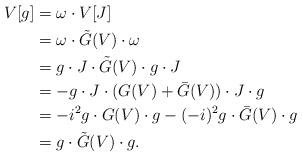
LaTeX: \begin{align*} V[g] &=\omega \cdot V[J]\\ &=\omega \cdot \tilde{G}(V)\cdot \omega\\ &= g \cdot J \cdot \tilde{G}(V)\cdot g \cdot J\\ &= - g \cdot J \cdot (G(V) + \bar{G}(V)) \cdot J \cdot g\\ &= - i^2 g \cdot G(V) \cdot g - ( -i)^2 g \cdot \bar{G}(V) \cdot g\\ &= g \cdot \tilde{G}(V) \cdot g.\end{align*}